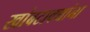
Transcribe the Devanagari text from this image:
खांबटाक्यांना